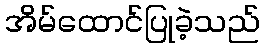
အိမ်ထောင်ပြုခဲ့သည်